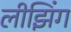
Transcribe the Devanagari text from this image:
लीझिंग